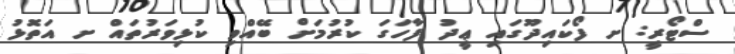
ސްޓޯރީ: ށ ފޯކައިދޫގައި ޢީދު ފާހަގަ ކުރުމަށް ބޭއްވި ކުޅިވަރުތައް ށ އަތޮޅު